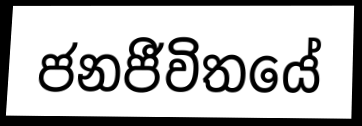
ජනජීවිතයේ